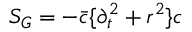
S _ { G } = - \bar { c } \{ \partial _ { t } ^ { 2 } + r ^ { 2 } \} c